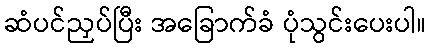
ဆံပင်ညှပ်ပြီး အခြောက်ခံ ပုံသွင်းပေးပါ။